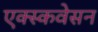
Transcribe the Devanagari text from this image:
एक्स्कवेसन